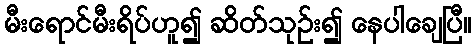
မီးရောင်မီးရိပ်ဟူ၍ ဆိတ်သုဉ်း၍ နေပါချေပြီ။